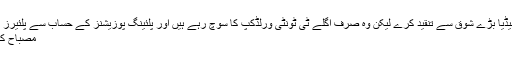
ان کا کہنا تھا کہ میڈیا بڑے شوق سے تنقید کرے لیکن وہ صرف اگلے ٹی ٹونٹی ورلڈکپ کا سوچ رہے ہیں اور پلئینگ پوزیشنز کے حساب سے پلئیرز تیار کرنا چاہ رہے
مصباح کا شکوہ درست ہے۔